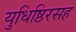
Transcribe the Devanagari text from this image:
युधिष्ठिरसह